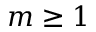
m \geq 1